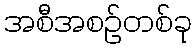
အစီအစဉ်တစ်ခု